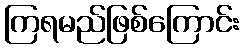
ကြရမည်ဖြစ်ကြောင်း